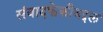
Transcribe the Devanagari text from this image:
संवादफेकीबद्दल